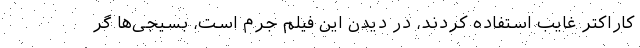
کاراکتر غایب استفاده کردند، در دیدن این فیلم جرم است، بسیجی‌ها گر